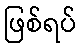
ဖြစ်ရပ်